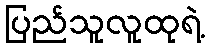
ပြည်သူလူထုရဲ့